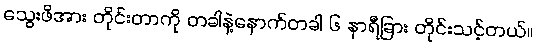
သွေးဖိအား တိုင်းတာကို တခါနဲ့နောက်တခါ ၆ နာရီခြား တိုင်းသင့်တယ်။